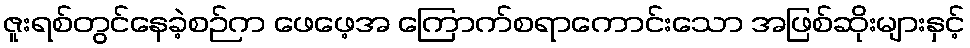
ဇူးရစ်တွင်နေခဲ့စဉ်က ဖေဖေ့အ ကြောက်စရာကောင်းသော အဖြစ်ဆိုးများနှင့်